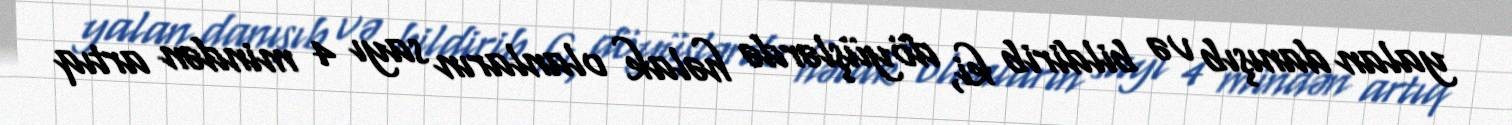
yalan danışıb və bildirib ki, döyüşlərdə həlak olanların sayı 4 mindən artıq